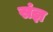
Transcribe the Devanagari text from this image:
संज्ञ